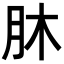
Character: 𦙣